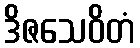
ဒိဇသေဝိတံ